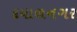
દયાળનગર